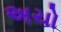
અચો